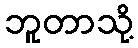
ဘူတာသို့